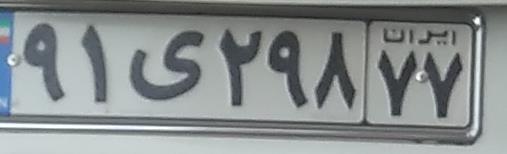
۹۱ی۲۹۸۷۷